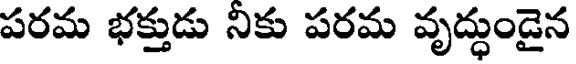
పరమ భక్తుడు నికు పరమ వృద్ధుండైన